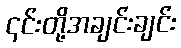
၎င်းတို့အချင်းချင်း